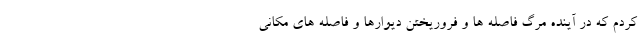
کردم که در آینده مرگ فاصله ها و فروریختن دیوارها و فاصله های مکانی